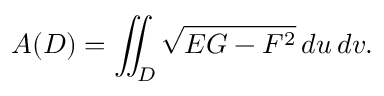
A ( D ) = \iint _ { D } { \sqrt { E G - F ^ { 2 } } } \, d u \, d v .